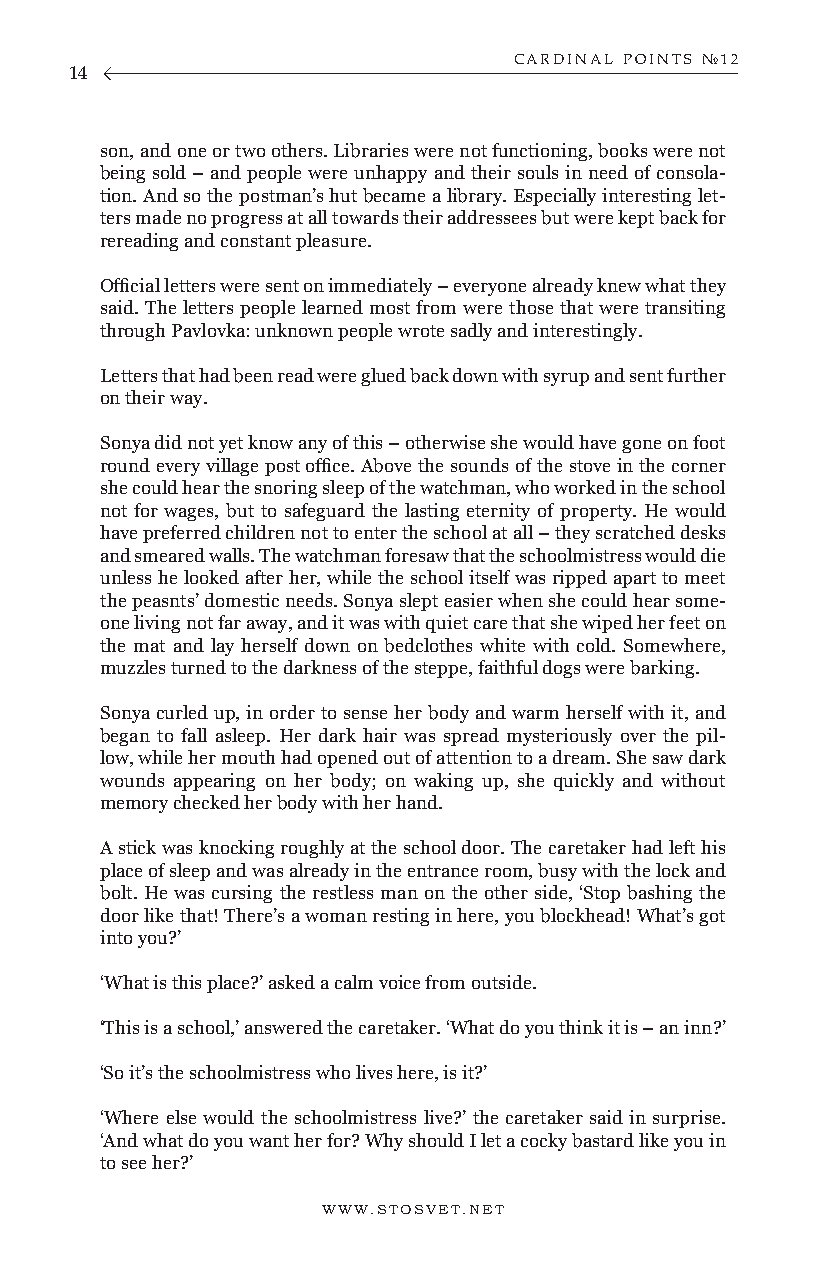
CARDINAL POINTS №12
 14
 son, and one or two others. Libraries were not functioning, books were not
 being sold – and people were unhappy and their souls in need of consola-
 tion. And so the postman’s hut became a library. Especially interesting let-
 ters made no progress at all towards their addressees but were kept back for
 rereading and constant pleasure.
 Official letters were sent on immediately – everyone already knew what they
 said. The letters people learned most from were those that were transiting
 through Pavlovka: unknown people wrote sadly and interestingly.
 Letters that had been read were glued back down with syrup and sent further
 on their way.
 Sonya did not yet know any of this – otherwise she would have gone on foot
 round every village post office. Above the sounds of the stove in the corner
 she could hear the snoring sleep of the watchman, who worked in the school
 not for wages, but to safeguard the lasting eternity of property. He would
 have preferred children not to enter the school at all – they scratched desks
 and smeared walls. The watchman foresaw that the schoolmistress would die
 unless he looked after her, while the school itself was ripped apart to meet
 the peasnts’ domestic needs. Sonya slept easier when she could hear some-
 one living not far away, and it was with quiet care that she wiped her feet on
 the mat and lay herself down on bedclothes white with cold. Somewhere,
 muzzles turned to the darkness of the steppe, faithful dogs were barking.
 Sonya curled up, in order to sense her body and warm herself with it, and
 began to fall asleep. Her dark hair was spread mysteriously over the pil-
 low, while her mouth had opened out of attention to a dream. She saw dark
 wounds appearing on her body; on waking up, she quickly and without
 memory checked her body with her hand.
 A stick was knocking roughly at the school door. The caretaker had left his
 place of sleep and was already in the entrance room, busy with the lock and
 bolt. He was cursing the restless man on the other side, ‘Stop bashing the
 door like that! There’s a woman resting in here, you blockhead! What’s got
 into you?’
 ‘What is this place?’ asked a calm voice from outside.
 ‘This is a school,’ answered the caretaker. ‘What do you think it is – an inn?’
 ‘So it’s the schoolmistress who lives here, is it?’
 ‘Where else would the schoolmistress live?’ the caretaker said in surprise.
 ‘And what do you want her for? Why should I let a cocky bastard like you in
 to see her?’
 WWW.STOSVET.NET                                        WWW.STOSVET.NET